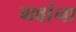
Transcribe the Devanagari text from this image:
गवांना